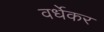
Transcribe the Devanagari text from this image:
वर्धेकर